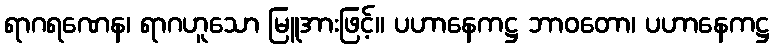
ရာဂရဏေန၊ ရာဂဟူသော မြူအားဖြင့်။ ပဟာနေကဋ္ဌ ဘာဝတော၊ ပဟာနေကဋ္ဌ